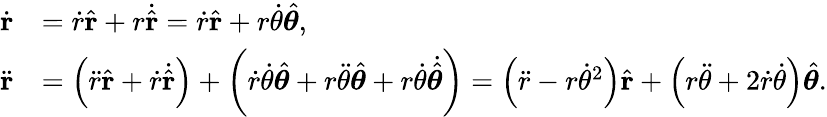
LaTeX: {\begin{array}{rl}{{\dot{\mathbf{r}}}}&{={\dot{r}}{\hat{\mathbf{r}}}+r{\dot{\hat{\mathbf{r}}}}={\dot{r}}{\hat{\mathbf{r}}}+r{\dot{\theta}}{\hat{\boldsymbol{\theta}}},}\\ {{\ddot{\mathbf{r}}}}&{=\left({\ddot{r}}{\hat{\mathbf{r}}}+{\dot{r}}{\dot{\hat{\mathbf{r}}}}\right)+\left({\dot{r}}{\dot{\theta}}{\hat{\boldsymbol{\theta}}}+r{\ddot{\theta}}{\hat{\boldsymbol{\theta}}}+r{\dot{\theta}}{\dot{\hat{\boldsymbol{\theta}}}}\right)=\left({\ddot{r}}-r{\dot{\theta}}^{2}\right){\hat{\mathbf{r}}}+\left(r{\ddot{\theta}}+2{\dot{r}}{\dot{\theta}}\right){\hat{\boldsymbol{\theta}}}.}\end{array}}